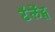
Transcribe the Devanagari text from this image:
टॅलेंट्स